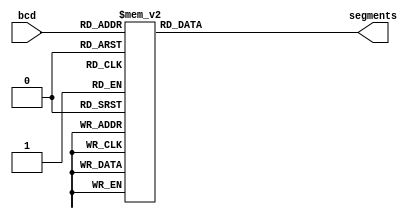
// Verilog HDL for "COMP12111_lib", "sevensegmentdecoder" "functional"
// Created P W Nutter, 20/3/19
// Modified by Horia Gabriel Radu
// Add your comments here ...

// The code below will determine based on the input bcd what segments to light on the board to show specific values

module sevensegmentdecoder (input [3:0] bcd,
			    output reg 	[7:0] segments);

// create an always block to represent the desired behaviour of the
// combinatorial design
// -----------------------------------------------------------------

always@(*) // As soon as the input is changed go into the block below and execute it
 case(bcd) // This case function will get the value of bcd and choose one of the appropiate instructions below to assign to the segments output (depending on what bcd is) and determine which lights and in what order will appear on the display on the board. It basically has a case for every possible input in bcd, and depending on the bcd, the segments output will get an appropriate value to translate it from binary to hex.

  4'b0000: segments = 8'b0011_1111; // For value 0
  4'b0001: segments = 8'b0000_0110; // For value 1
  4'b0010: segments = 8'b0101_1011; // For value 2
  4'b0011: segments = 8'b0100_1111; // For value 3
  4'b0100: segments = 8'b0110_0110; // For value 4
  4'b0101: segments = 8'b0110_1101; // For value 5
  4'b0110: segments = 8'b0111_1101; // For value 6
  4'b0111: segments = 8'b0000_0111; // For value 7
  4'b1000: segments = 8'b0111_1111; // For value 8
  4'b1001: segments = 8'b0110_1111; // For value 9
  4'b1010: segments = 8'b0111_0111; // For value A
  4'b1011: segments = 8'b0111_1100; // For value b
  4'b1100: segments = 8'b0011_1001; // For value C
  4'b1101: segments = 8'b0101_1110; // For value d
  4'b1110: segments = 8'b0111_1001; // For value E
  4'b1111: segments = 8'b0111_0001; // For value F
  default: segments = 8'b0000_0000; // If another faulty value is entered

 endcase // End of the case function
endmodule  // End of module seven segment decoder